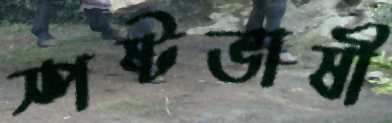
স্পষ্টভাষী